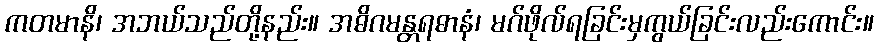
ကတမာနိ၊ အဘယ်သည်တို့နည်း။ အဓိဂမန္တရဓာနံ၊ မဂ်ဖိုလ်ရခြင်းမှကွယ်ခြင်းလည်းကောင်း။